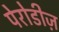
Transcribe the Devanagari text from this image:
पेरोडीज़